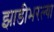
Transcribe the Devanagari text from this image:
झाडीभरल्या